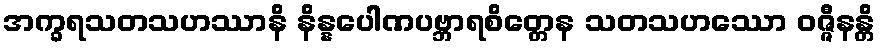
အက္ခရသတသဟဿာနိ နိန္နပေါဏပဗ္ဘာရစိတ္တေန သတသဟဿော ဝဇ္ဇီနန္တိ